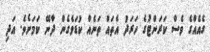
ގެއެއްގެ ވެސް ކަރަންޓުގެ ހަރަދު އެތައް ތަނެއް ކުޑަވެގެން ދާނޭ ކަމަށެވެ. އަދި